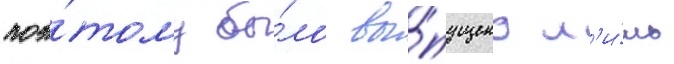
поэ́тому бы́ло вы́пущено л'и́шь